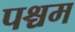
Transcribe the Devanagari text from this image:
पश्चम